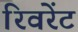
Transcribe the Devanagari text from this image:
रिवरेंट